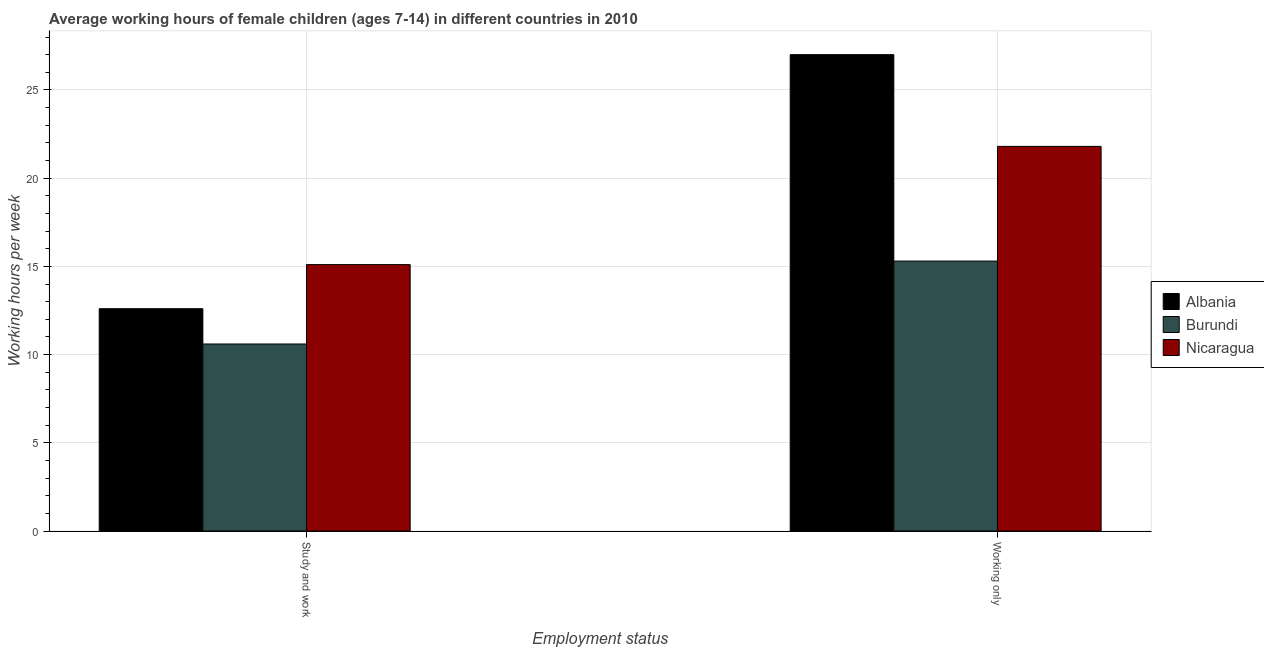
| Employment status | Albania | Burundi | Nicaragua |
 | --- | --- | --- | --- |
 | Study and work | 12.6 | 10.6 | 15.1 |
 | Working only | 27 | 15.3 | 21.8 |